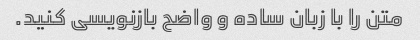
متن را با زبان ساده و واضح بازنویسی کنید.